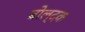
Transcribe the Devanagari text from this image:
बोल्दक